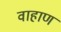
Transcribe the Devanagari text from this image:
वाहाण